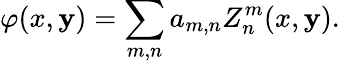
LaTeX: \varphi(x,\mathbf{y})=\sum_{m,n}a_{m,n}Z_{n}^{m}(x,\mathbf{y}).